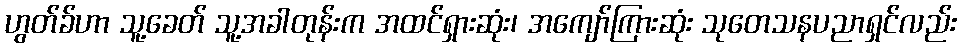
ဟွတ်ခ်ဟာ သူ့ခေတ် သူ့အခါတုန်းက အထင်ရှားဆုံး၊ အကျော်ကြားဆုံး သုတေသနပညာရှင်လည်း